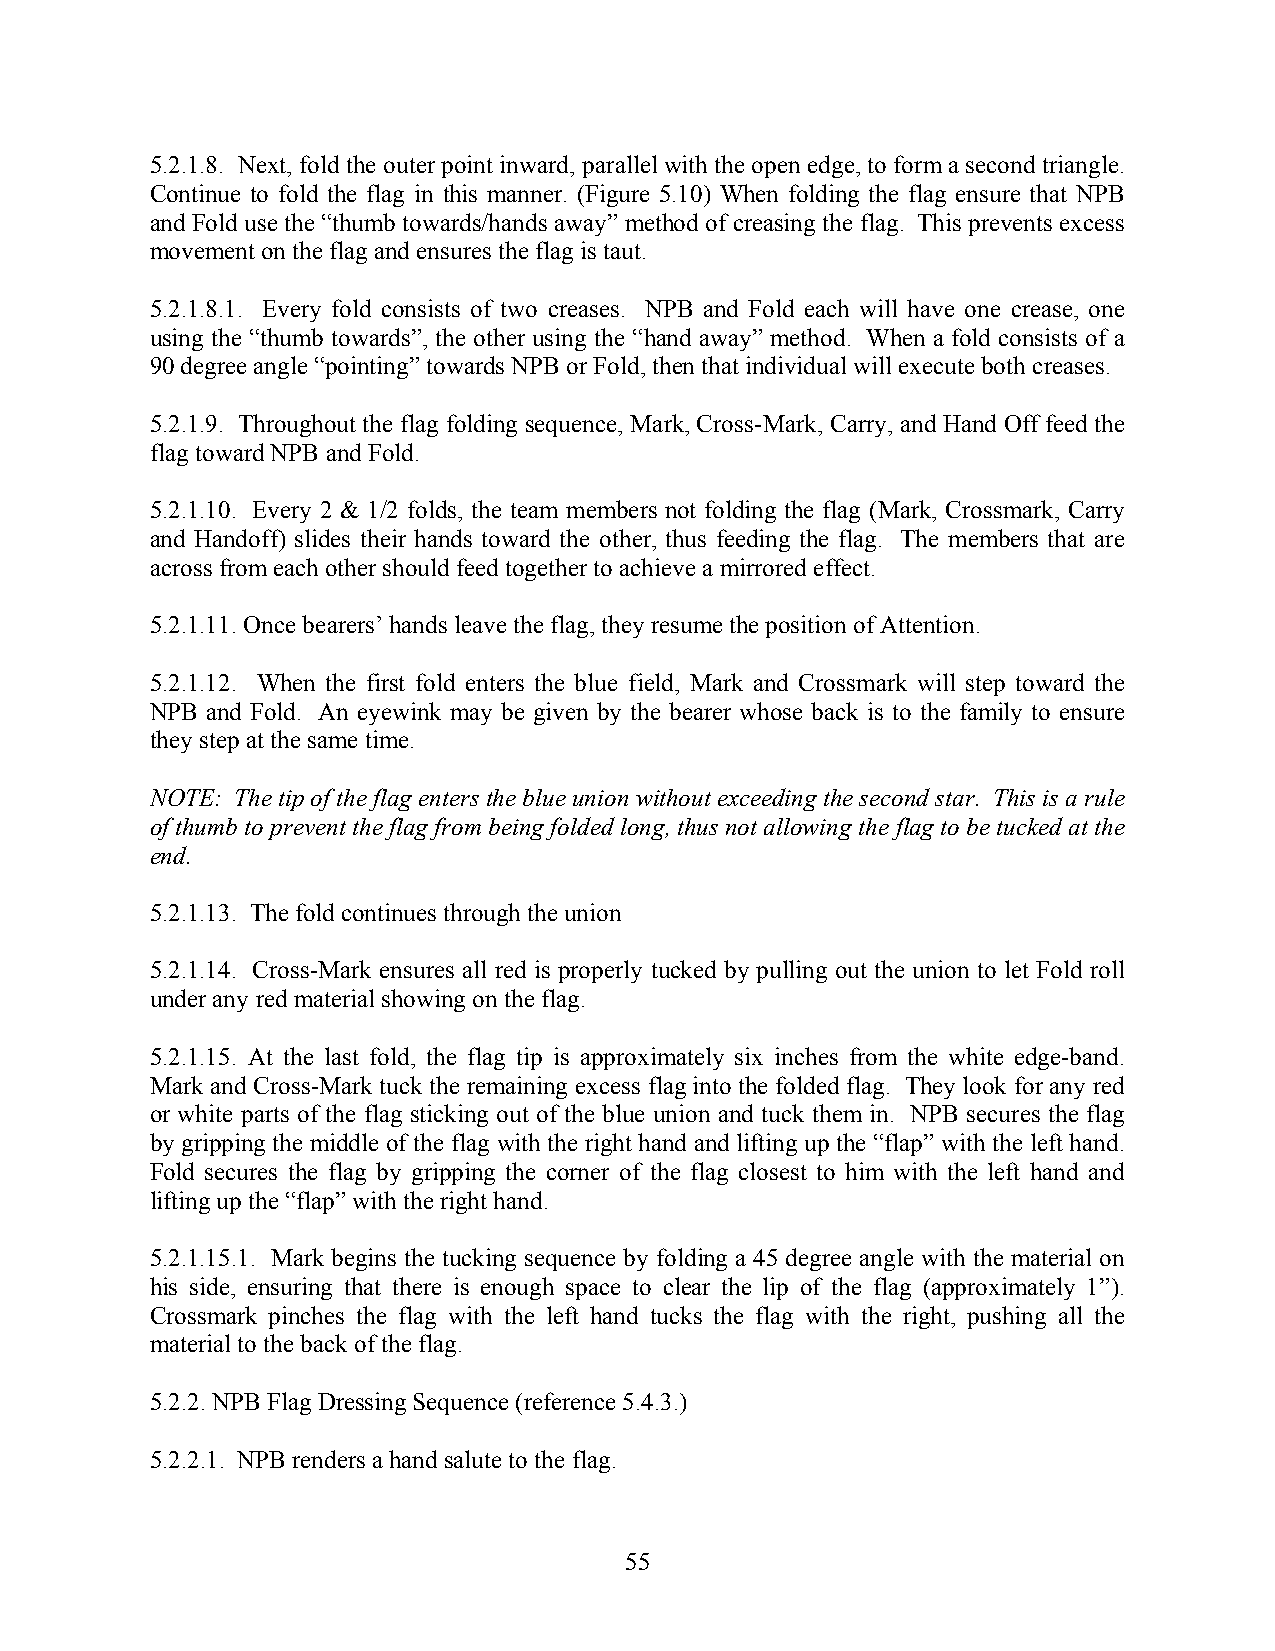
5.2.1.8. Next, fold the outer point inward, parallel with the open edge, to form a second triangle.
 Continue to fold the flag in this manner. (Figure 5.10) When folding the flag ensure that NPB
 and Fold use the “thumb towards/hands away” method of creasing the flag. This prevents excess
 movement on the flag and ensures the flag is taut.
 5.2.1.8.1. Every fold consists of two creases. NPB and Fold each will have one crease, one
 using the “thumb towards”, the other using the “hand away” method. When a fold consists of a
 90 degree angle “pointing” towards NPB or Fold, then that individual will execute both creases.
 5.2.1.9. Throughout the flag folding sequence, Mark, Cross-Mark, Carry, and Hand Off feed the
 flag toward NPB and Fold.
 5.2.1.10. Every 2 & 1/2 folds, the team members not folding the flag (Mark, Crossmark, Carry
 and Handoff) slides their hands toward the other, thus feeding the flag. The members that are
 across from each other should feed together to achieve a mirrored effect.
 5.2.1.11. Once bearers’ hands leave the flag, they resume the position of Attention.
 5.2.1.12. When the first fold enters the blue field, Mark and Crossmark will step toward the
 NPB and Fold. An eyewink may be given by the bearer whose back is to the family to ensure
 they step at the same time.
 NOTE: The tip of the flag enters the blue union without exceeding the second star. This is a rule
 of thumb to prevent the flag from being folded long, thus not allowing the flag to be tucked at the
 end.
 5.2.1.13. The fold continues through the union
 5.2.1.14. Cross-Mark ensures all red is properly tucked by pulling out the union to let Fold roll
 under any red material showing on the flag.
 5.2.1.15. At the last fold, the flag tip is approximately six inches from the white edge-band.
 Mark and Cross-Mark tuck the remaining excess flag into the folded flag. They look for any red
 or white parts of the flag sticking out of the blue union and tuck them in. NPB secures the flag
 by gripping the middle of the flag with the right hand and lifting up the “flap” with the left hand.
 Fold secures the flag by gripping the corner of the flag closest to him with the left hand and
 lifting up the “flap” with the right hand.
 5.2.1.15.1. Mark begins the tucking sequence by folding a 45 degree angle with the material on
 his side, ensuring that there is enough space to clear the lip of the flag (approximately 1”).
 Crossmark pinches the flag with the left hand tucks the flag with the right, pushing all the
 material to the back of the flag.
 5.2.2. NPB Flag Dressing Sequence (reference 5.4.3.)
 5.2.2.1. NPB renders a hand salute to the flag.
 55